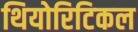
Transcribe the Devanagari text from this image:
थियोरिटिकल